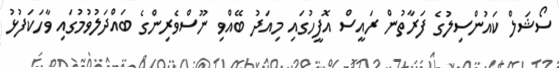
ސޯޝަލް ކައުންސިލުގެ ފަރާތުން ރައީސް އޮފީހުގައި މިއަދު ބޭއްވި ނޫސްވެރިންގެ ބައްދަލުވުމުގައި ވާހަކަފުޅު